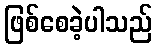
ဖြစ်စေခဲ့ပါသည်